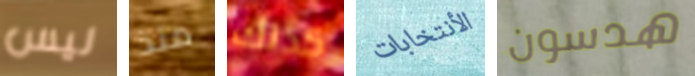
ليس منذ كذلك الأنتخابات هدسون